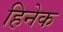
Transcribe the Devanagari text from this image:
हिनेक